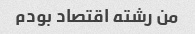
من رشته اقتصاد بودم